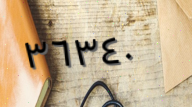
٣٦٣٤٠